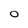
Character: O